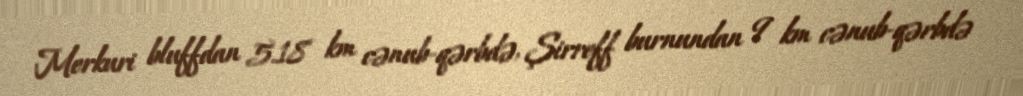
Merkuri bluffdan 5.18 km cənub-qərbdə, Şirreff burnundan 9 km cənub-qərbdə